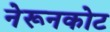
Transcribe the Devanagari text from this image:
नेरूनकोट